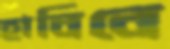
হাবিবে